General report no. 6 on the lunatic asylums, vaccination and dispensaries in the Bengal Presidency, 1873 -
Year: 1873
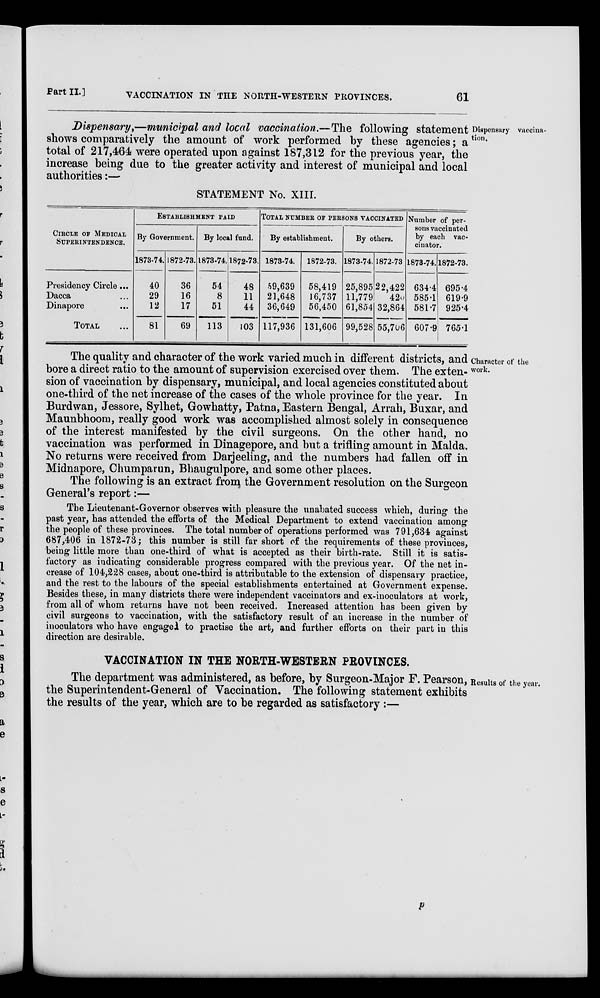
Part II.]
VACCINATION IN THE NORTH-WESTERN PROVINCES.
61
Dispensary vaccina-
tion.
Dispensary,—municipal and local vaccination.—The following statement
shows comparatively the amount of work performed by these agencies; a
total of 217,464 were operated upon against 187,312 for the previous year, the
increase being due to the greater activity and interest of municipal and local
authorities:—
STATEMENT No. XIII.
CIRCLE OF MEDICIAL
SUPERINTENDENCE.
Presidency Circle ...
Dacca ...
Dinapore ...
TOTAL ...
ESTABLISHMENT PAID
By Government.
1873-74.
40
29
12
81
1872-73.
36
16
17
69
By local fund.
1873-74.
54
8
51
113
1872-73.
48
11
44
103
TOTAL NUMBER OF PERSONS VACCINATED
By establishment.
1873-74.
59,639
21,648
36,649
117,936
1872-73.
58,419
16,737
56,450
131,606
By others.
1873-74.
25,895
11,779
61,854
99,528
1872-73
22,422
420
32,864
55,706
Number of per-
sons vaccinated
by each vac-
cinator.
1873-74.
634.4
585.1
581.7
607.9
1872-73.
695.4
619.9
925.4
765.1
Character of the
work.
The quality and character of the work varied much in different districts, and
bore a direct ratio to the amount of supervision exercised over them. The exten-
sion of vaccination by dispensary, municipal, and local agencies constituted about
one-third of the net increase of the cases of the whole province for the year. In
Burdwan, Jessore, Sylhet, Gowhatty, Patna, Eastern Bengal, Arrah, Buxar, and
Maunbhoom, really good work was accomplished almost solely in consequence
of the interest manifested by the civil surgeons. On the other hand, no
vaccination was performed in Dinagepore, and but a trifling amount in Malda.
No returns were received from Darjeeling, and the numbers had fallen off in
Midnapore, Chumparun, Bhaugulpore, and some other places.
The following is an extract from the Government resolution on the Surgeon
General's report:—
The Lieutenant-Governor observes with pleasure the unabated success which, during the
past year, has attended the efforts of the Medical Department to extend vaccination among
the people of these provinces. The total number of operations performed was 791,634 against
687,406 in 1872-73; this number is still far short of the requirements of these provinces,
being little more than one-third of what is accepted as their birth-rate. Still it is satis-
factory as indicating considerable progress compared with the previous year. Of the net in-
crease of 104,228 cases, about one-third is attributable to the extension of dispensary practice,
and the rest to the labours of the special establishments entertained at Government expense.
Besides these, in many districts there were independent vaccinators and ex-inoculators at work,
from all of whom returns have not been received. Increased attention has been given by
civil surgeons to vaccination, with the satisfactory result of an increase in the number of
inoculators who have engaged to practise the art, and further efforts on their part in this
direction are desirable.
VACCINATION IN THE NORTH-WESTERN PROVINCES.
Results of the year.
The department was administered, as before, by Surgeon-Major F. Pearson,
the Superintendent-General of Vaccination. The following statement exhibits
the results of the year, which are to be regarded as satisfactory :—